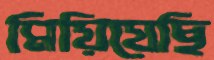
মিয়িয়েছি